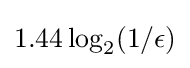
1.44\log _{2}(1/\epsilon )